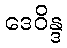
ဒေဝိန္ဒ